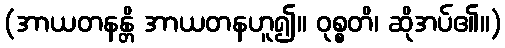
(အာယတနန္တိ အာယတနဟူ၍။ ဝုစ္စတိ၊ ဆိုအပ်၏။)